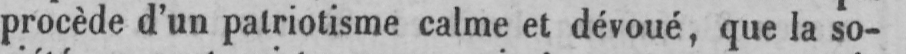
procède d’un patriotisme calme et dévoué, que la so-